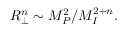
R _ { \perp } ^ { n } \sim M _ { P } ^ { 2 } / M _ { I } ^ { 2 + n } .